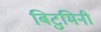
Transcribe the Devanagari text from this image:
बिटुमिनी